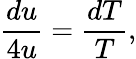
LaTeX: {\frac{du}{4u}}={\frac{dT}{T}},